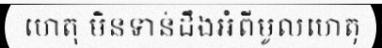
ហេតុ មិនទាន់ដឹងអំពីមូលហេតុ